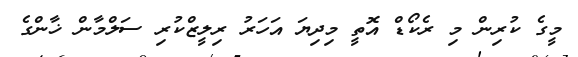
މީގެ ކުރިން މި ރެކޯޑް އޮތީ މިދިޔަ އަހަރު ރިލީޒްކުރި ސަލްމާން ޚާންގެ